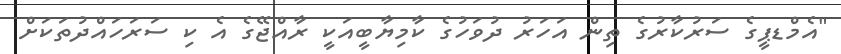
"އެމްޑޕީގެ ސަރުކާރުގެ ތިން އަހަރު ދުވަހުގެ ކާމިޔާބީއަކީ ރާއްޖޭގެ އެ ކި ސަރަހައްދުތަކަށް